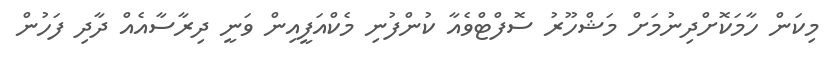
މިކަން ހާމަކޮށްދިނުމަށް މަޝްހޫރު ސޮފްޓްވެއާ ކުންފުނި މެކްއަފީއިން ވަނީ ދިރާސާއެއް ދާދި ފަހުން